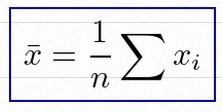
\bar{x}=\frac1n\sum x_i